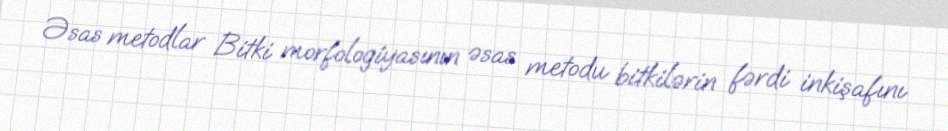
Əsas metodlar Bitki morfologiyasının əsas metodu bitkilərin fərdi inkişafını